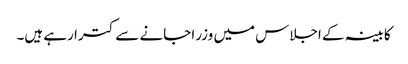
کابینہ کے اجلاس میں وزرا جانے سے کترا رہے ہیں۔